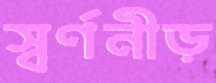
স্বর্ণনীড়